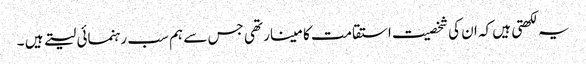
یہ لکھتی ہیں کہ ان کی شخصیت استقامت کا مینار تھی جس سے ہم سب رہنمائی لیتے ہیں ۔